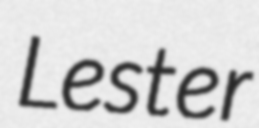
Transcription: Lester